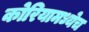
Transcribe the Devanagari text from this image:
कोरियामध्येच